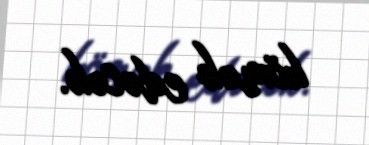
kömək edəcək.